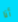
أنا